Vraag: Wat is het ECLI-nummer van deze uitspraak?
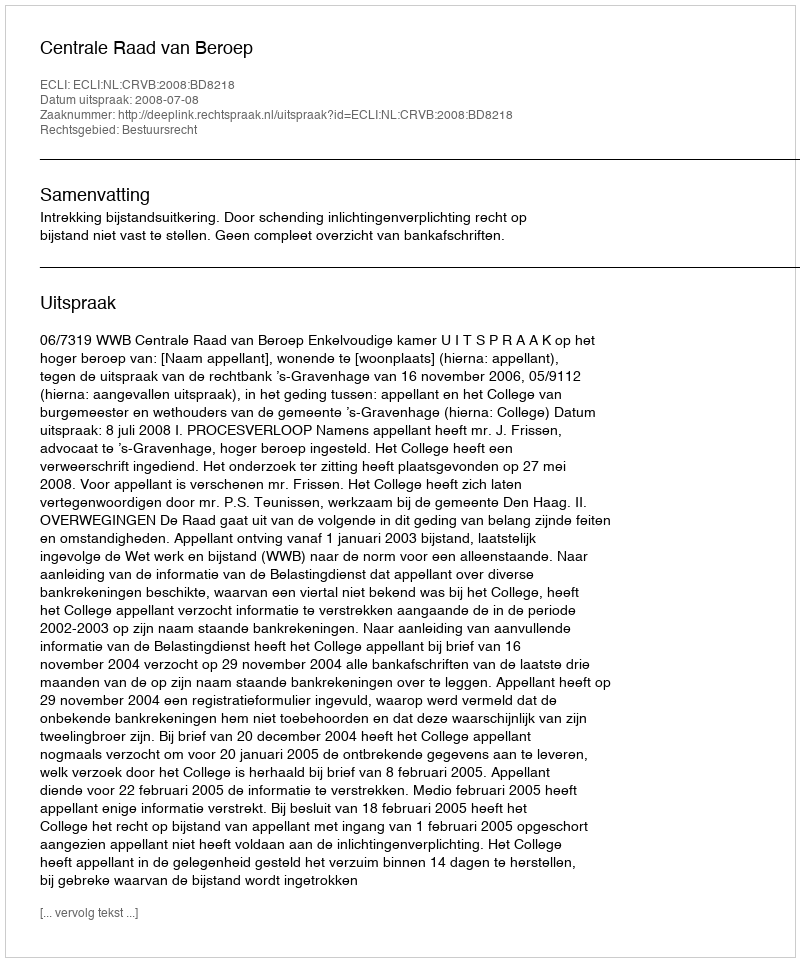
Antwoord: ECLI:NL:CRVB:2008:BD8218